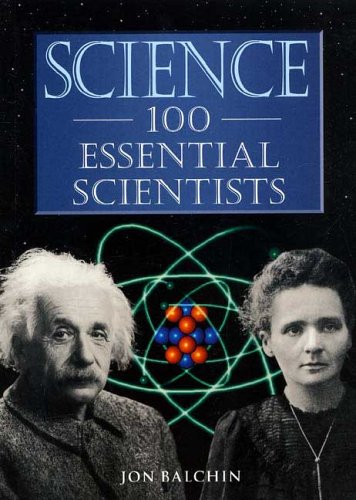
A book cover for Science: 100 Scientists Who Changed the World; Jon Balchin; Teen & Young Adult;